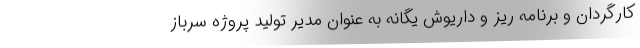
کارگردان و برنامه ریز و داریوش یگانه به عنوان مدیر تولید پروژه سرباز